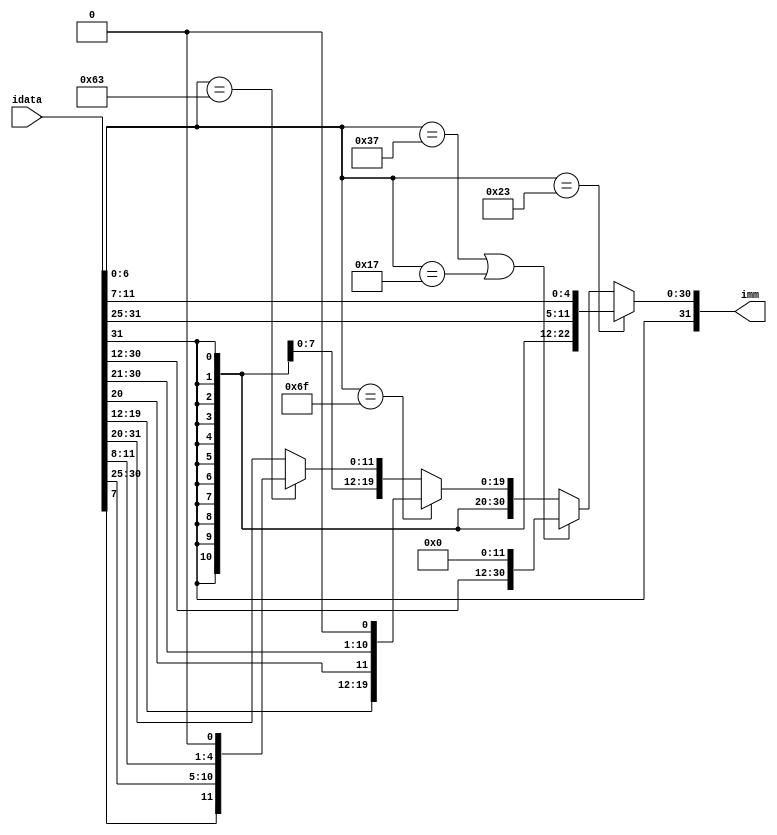
module immgen(
  input [31:0] idata,
  output [31:0] imm
);

// Usual Stuff
wire [6:0] opcode;
wire [2:0] funct3;

assign funct3 = idata[14:12];
assign opcode = idata[6:0];

// Convert all different immediate inputs to 32-bit signed / unsigned ones based on the opcode

assign imm = (opcode == 7'b0100011) ?                                           // Store operations
                {{20{idata[31]}},idata[31:25],idata[11:7]} :
						 (opcode == 7'b0110111 || opcode == 7'b0010111) ?                   // LUI , AUIPC
                {idata[31:12],{12{1'b0}}} :
						 (opcode == 7'b1101111) ?                                           // JAL
                {{12{idata[31]}},idata[19:12],idata[20],idata[30:21], 1'b0}:
             (opcode == 7'b1100011 ) ?                                          // Branch Signed
                {{20{idata[31]}},idata[7],idata[30:25],idata[11:8],1'b0} :
                  {{20{idata[31]}},idata[31:20]};                               // Load Signed , ALU , ALUI ,JALR

endmodule